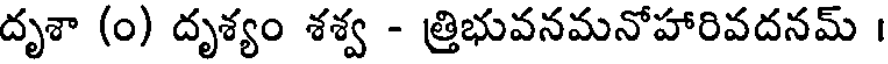
దృశా (0) దృశ్యం శశ్వ - త్రిభువనమనోహారివదనమ్ ।